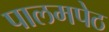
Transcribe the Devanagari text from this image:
पालमपेठ